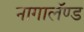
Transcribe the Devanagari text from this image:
नागालॅण्ड